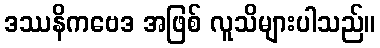
ဒဿနိကဗေဒ အဖြစ် လူသိများပါသည်။